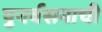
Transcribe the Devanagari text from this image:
पुनर्वसनाची